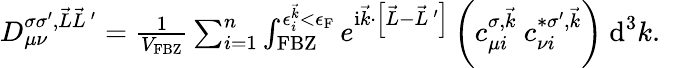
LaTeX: \begin{array}{r}{D_{\mu\nu}^{\sigma\sigma^{\prime},\vec{L}\vec{L}\, ^{\prime}}=\frac{1}{V_{\textrm{FBZ}}}\sum_{i=1}^{n}\int_{\textrm{FBZ}}^{\epsilon_{i}^{\vec{k}}<\epsilon_{\textrm{F}}}e^{\mathrm{i}\vec{k}\cdot\left[\vec{L}-\vec{L}\, ^{\prime}\right]}\left(c_{\mu i}^{\sigma,\vec{k}}~c_{\nu i}^{*\sigma^{\prime},\vec{k}}\right)~\textrm{d}^{3}k.\quad}\end{array}